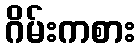
ဂိမ်းကစား